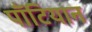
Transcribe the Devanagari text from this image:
पॉँटियान